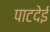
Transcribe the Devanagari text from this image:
पाटदेई